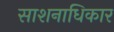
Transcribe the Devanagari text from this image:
साशनाधिकार